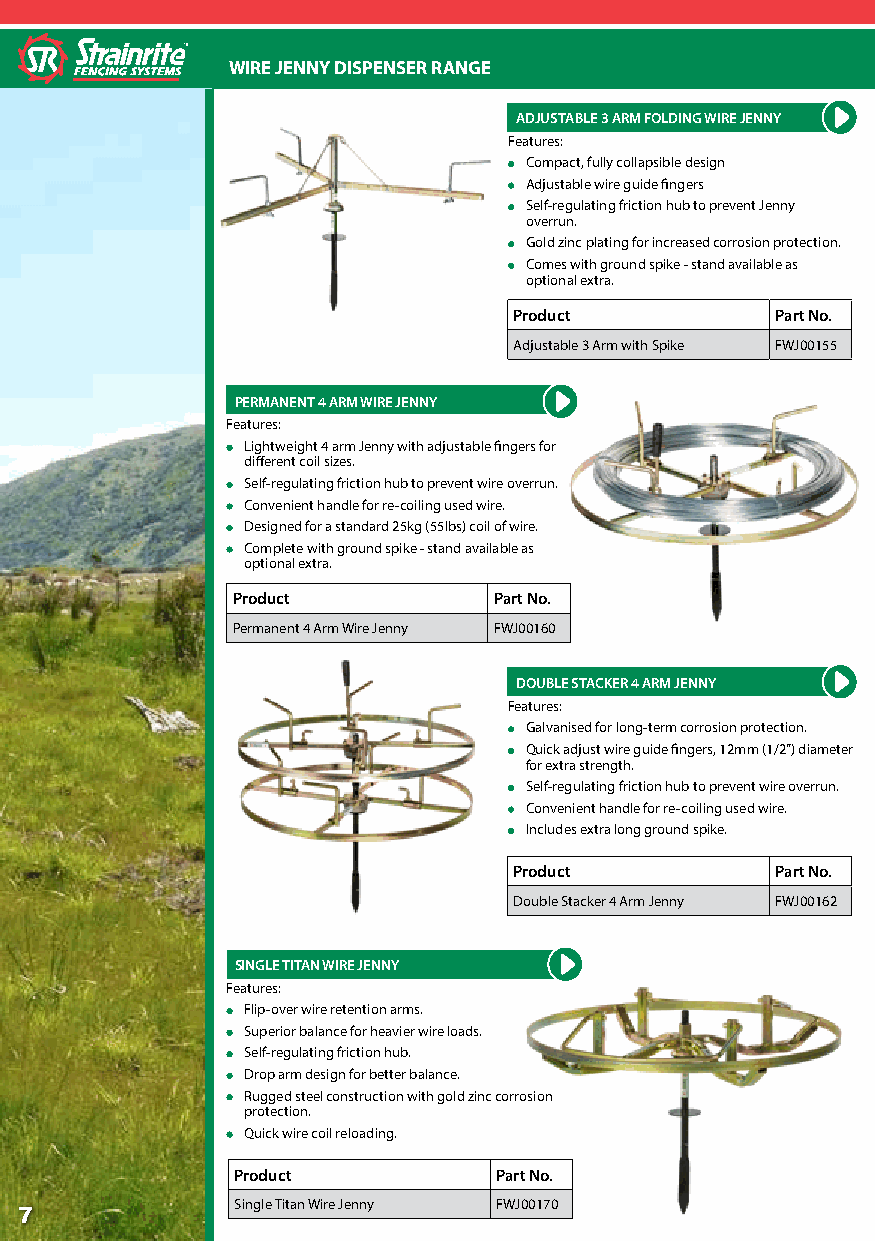
WIRE JENNY DISPENSER RANGE
 ADJUSTABLE 3 ARM FOLDING WIRE JENNY
 Features:
 Compact, fully collapsible design
 Adjustable wire guide fingers
 Self-regulating friction hub to prevent Jenny
 overrun.
 Gold zinc plating for increased corrosion protection.
 Comes with ground spike - stand available as
 optional extra.
 Product          Part No.
 Adjustable 3 Arm with Spike FWJ00155
 PERMANENT 4 ARM WIRE JENNY
 Features:
 Lightweight 4 arm Jenny with adjustable fingers for
 different coil sizes.
 Self-regulating friction hub to prevent wire overrun.
 Convenient handle for re-coiling used wire.
 Designed for a standard 25kg (55lbs) coil of wire.
 Complete with ground spike - stand available as
 optional extra.
 Product           Part No.
 Permanent 4 Arm Wire Jenny FWJ00160
 DOUBLE STACKER 4 ARM JENNY
 Features:
 Galvanised for long-term corrosion protection.
 Quick adjust wire guide fingers, 12mm (1/2”) diameter
 for extra strength.
 Self-regulating friction hub to prevent wire overrun.
 Convenient handle for re-coiling used wire.
 Includes extra long ground spike.
 Product          Part No.
 Double Stacker 4 Arm Jenny FWJ00162
 SINGLE TITAN WIRE JENNY
 Features:
 Flip-over wire retention arms.
 Superior balance for heavier wire loads.
 Self-regulating friction hub.
 Drop arm design for better balance.
 Rugged steel construction with gold zinc corrosion
 protection.
 Quick wire coil reloading.
 Product          Part No.
 Single Titan Wire Jenny FWJ00170
 7